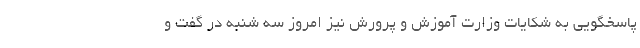
پاسخگویی به شکایات وزارت آموزش و پرورش نیز امروز سه شنبه در گفت و